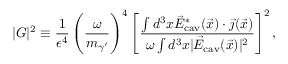
| G | ^ { 2 } \equiv \frac 1 { \epsilon ^ { 4 } } \left( \frac { \omega } { m _ { \gamma ^ { \prime } } } \right) ^ { 4 } \left[ \frac { \int d ^ { 3 } x \vec { E } _ { \mathrm { c a v } } ^ { * } ( \vec { x } ) \cdot \vec { \jmath } ( \vec { x } ) } { \omega \int d ^ { 3 } x | \vec { E } _ { \mathrm { c a v } } ( \vec { x } ) | ^ { 2 } } \right] ^ { 2 } ,